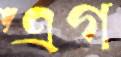
এগ